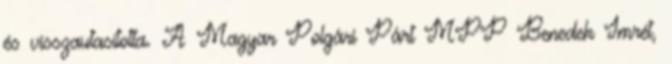
és visszautasította. A Magyar Polgári Párt MPP Benedek Imrét,